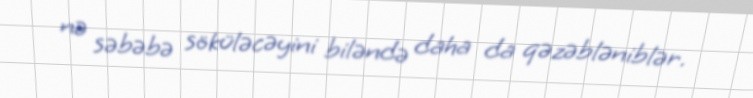
nə səbəbə söküləcəyini biləndə daha da qəzəbləniblər.